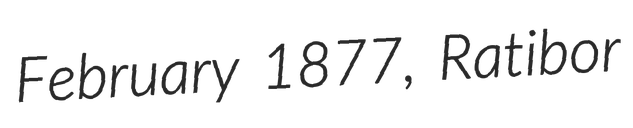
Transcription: February 1877, Ratibor